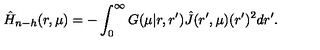
\hat { H } _ { n - h } ( r , \mu ) = - \int _ { 0 } ^ { \infty } G ( \mu | r , r ^ { \prime } ) \hat { J } ( r ^ { \prime } , \mu ) ( r ^ { \prime } ) ^ { 2 } d r ^ { \prime } .